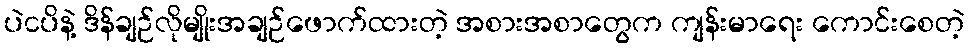
ပဲငပိနဲ့ ဒိန်ချဉ်လိုမျိုးအချဉ်ဖောက်ထားတဲ့ အစားအစာတွေက ကျန်းမာရေး ကောင်းစေတဲ့